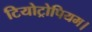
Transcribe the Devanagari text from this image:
टियोट्रोपियम।